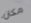
مكان